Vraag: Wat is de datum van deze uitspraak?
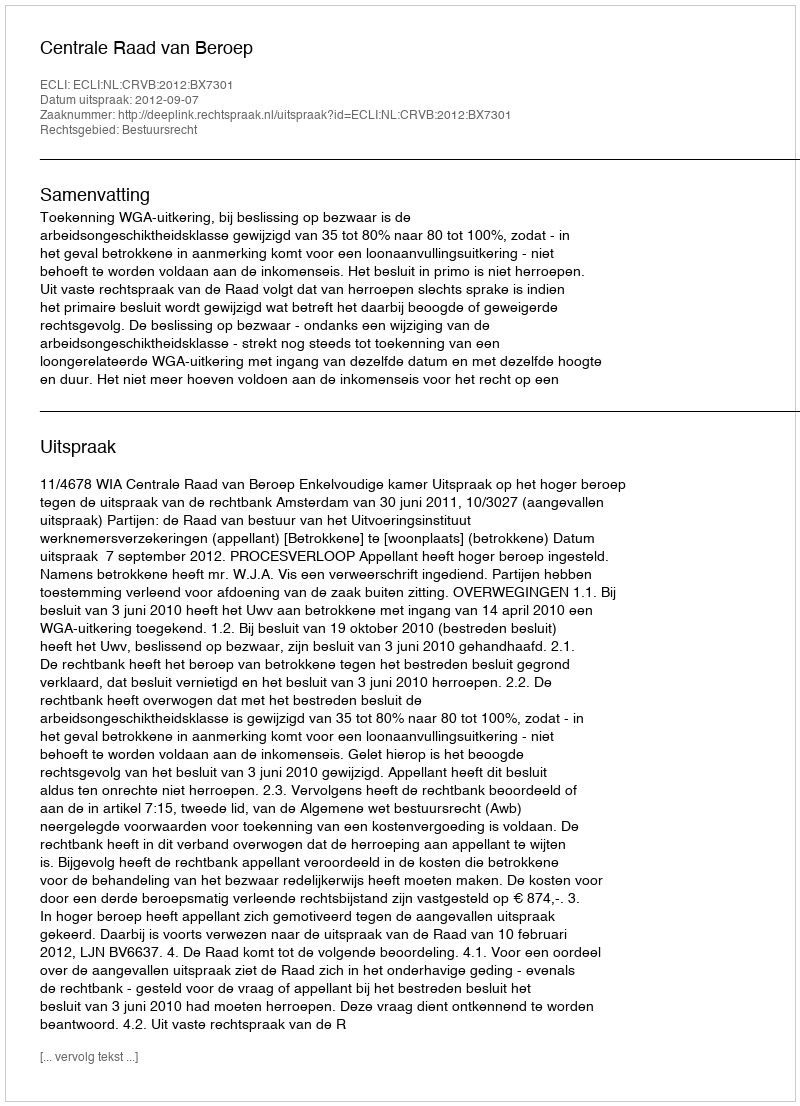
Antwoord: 2012-09-07